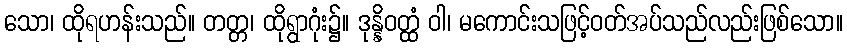
သော၊ ထိုရဟန်းသည်။ တတ္တ၊ ထိုရွာဂုံး၌။ ဒုန္နိဝတ္ထံ ဝါ၊ မကောင်းသဖြင့်ဝတ်အပ်သည်လည်းဖြစ်သော။